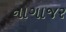
નાગાજર